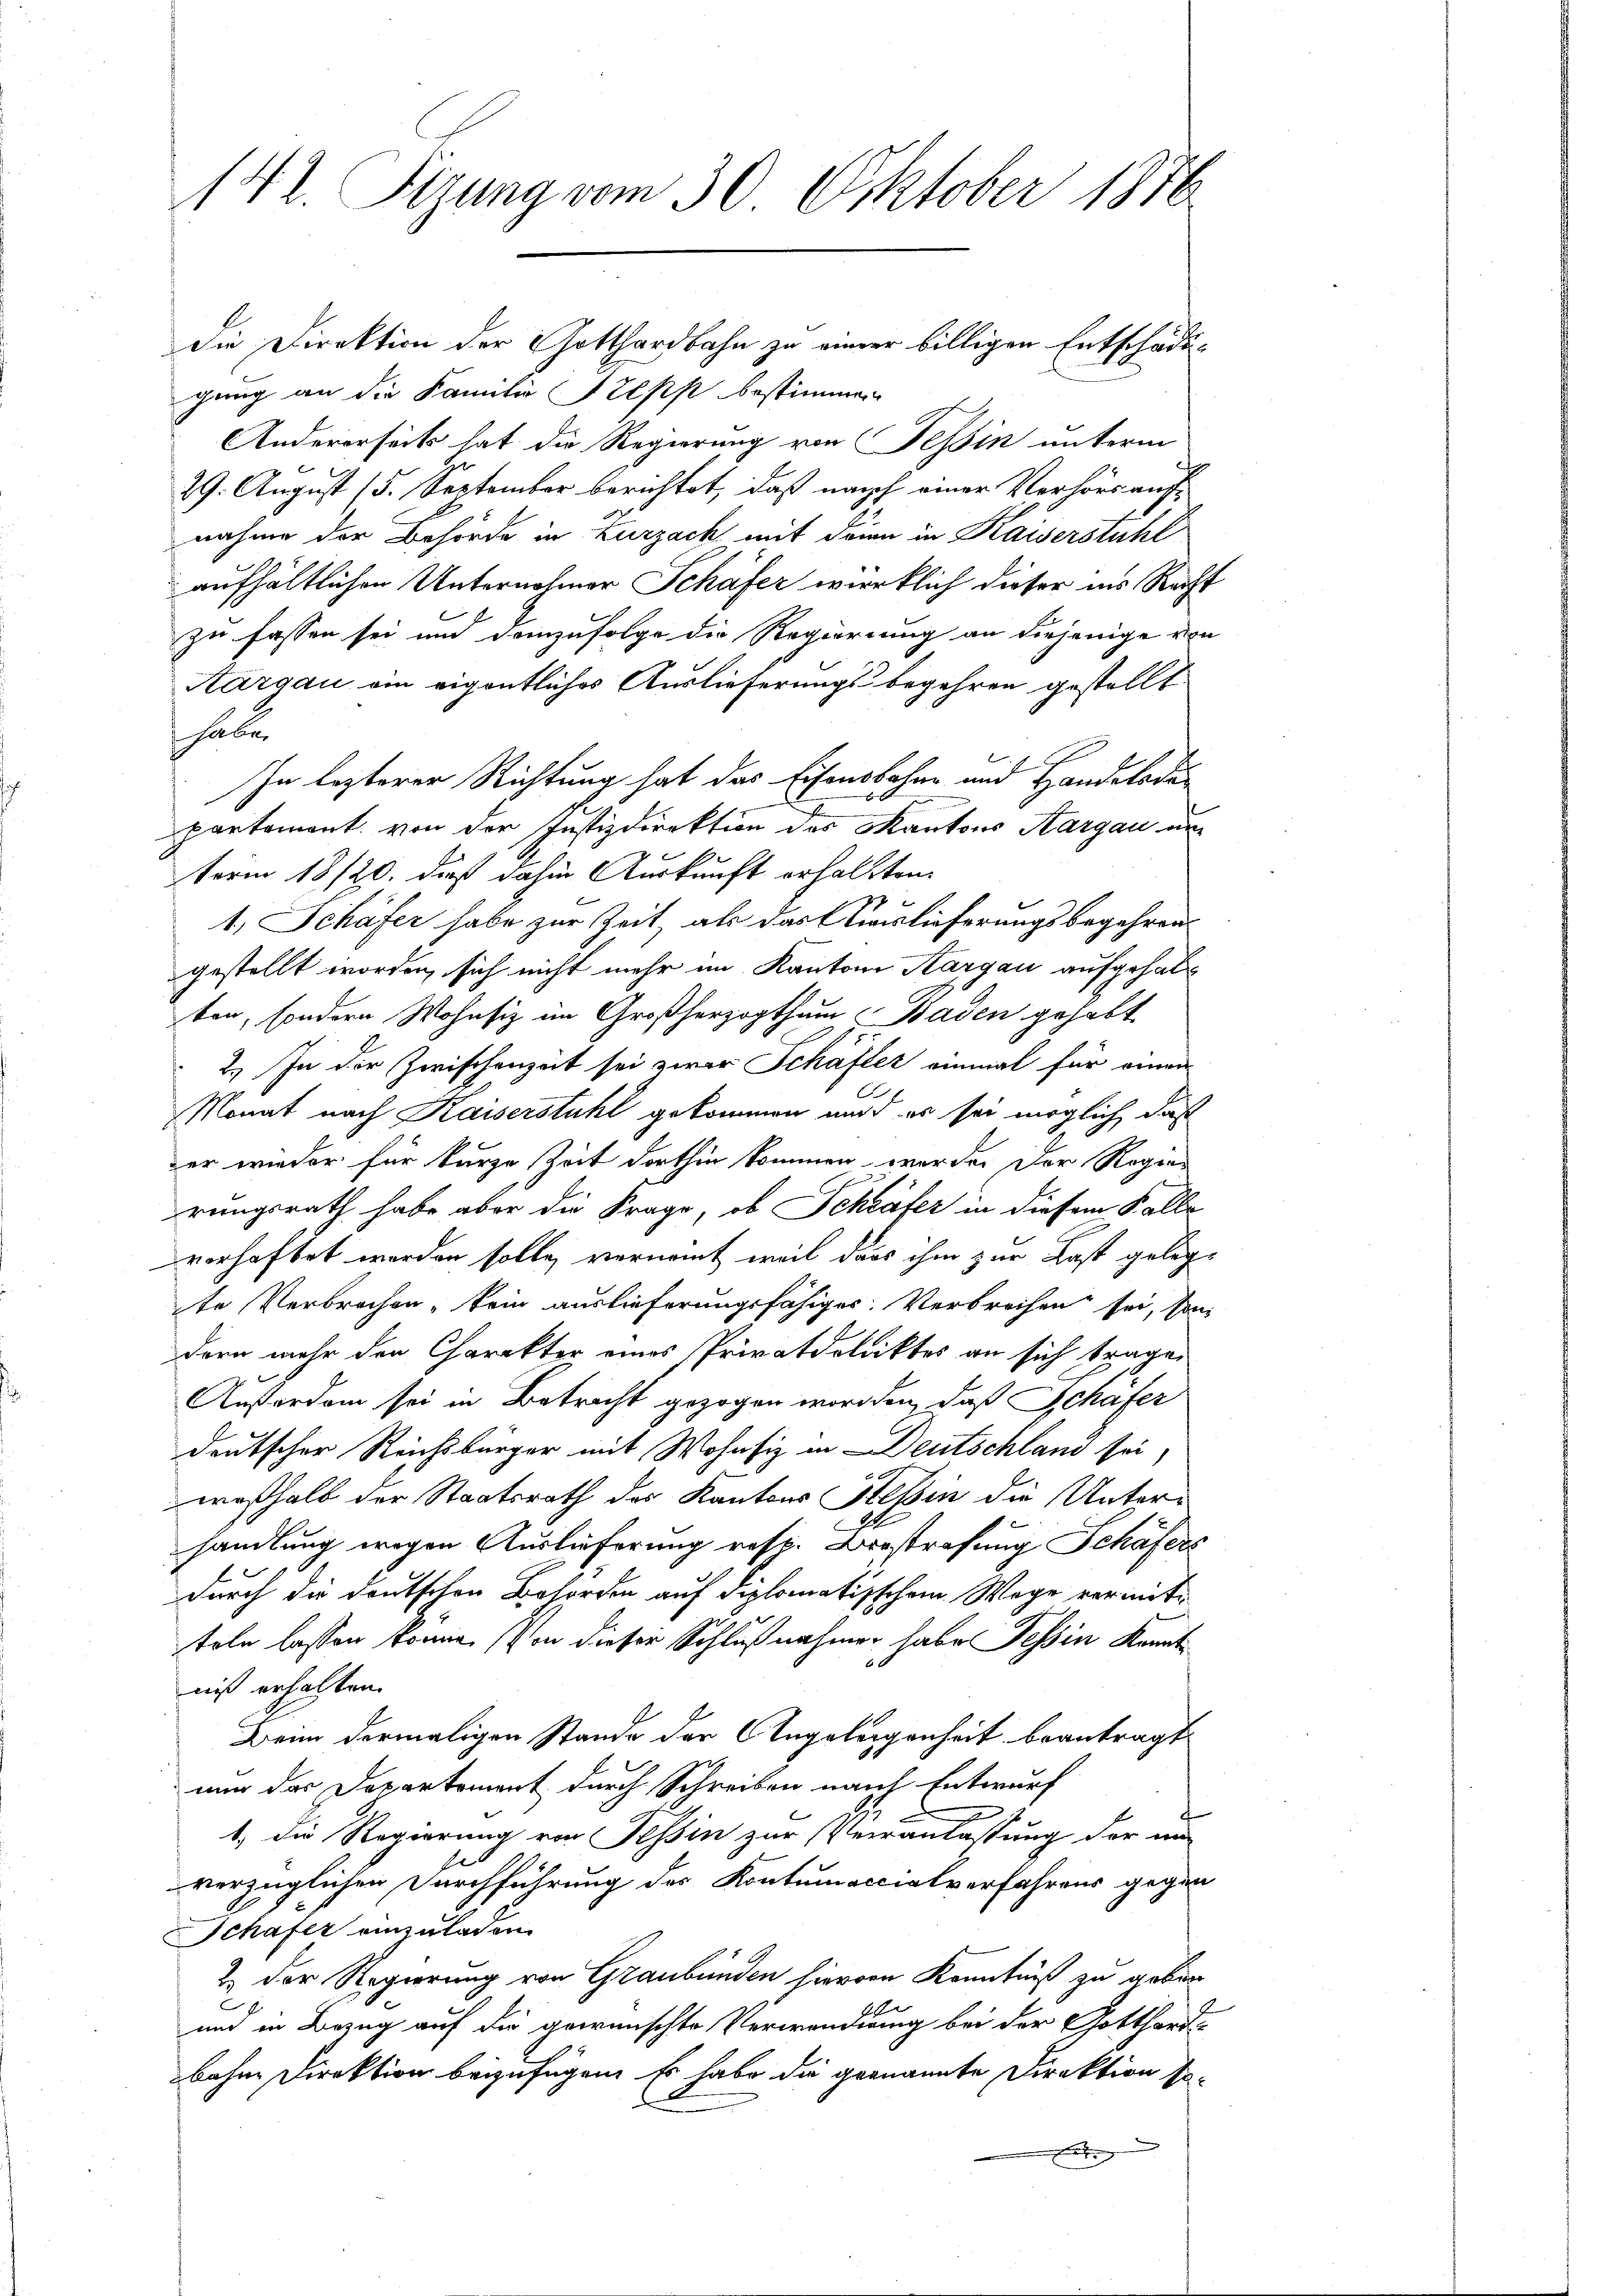
142. Fizung vom 30. Oktober 1876

die Direktion der Gotthardbahn zu einer billigen Entschädigung an die Familie Steps bestimmen
Andererseits hat die Regierung von Tessin unterm
29. August (5. September berichtet, daß nach einer Verhörs aufnahme der Behörde in Zurzach mit denn in Kaiserstuhl
aufhältlichen Unternohmer Schäfer wirklich dieser ins Recht
zu fassen sei und demzufolge die Regierung an diejenige von
Aargau ein eigentliches Auslieferungs begehren gestellt.
habe
In lezterer Richtung hat das Eisensbahne und Handelode
partement von der Justizdirektion des Kantons Aargau un
term 18/20. dieß dahin Auskunft erhalten
r
1, Schäfer habe zur Zeit, als das Auslieferungsbegehren
gestellt worden, sich nicht mehr im Kantons Aargau aufgehalten, sondern Wohnsiz im Großherzogthum Baden gehabt
2.) In der Zwischenzeit sei zwar Schäfter einmal für einen
Monat nach Kaiserstuhl gekommen und es sei möglich, daß
er wieder für kurze Zeit dorthin kommen werden der Regenrungsrath habe aber die Frage, ob Schläfer in diesem Falle
vorhaftet worden solle, vernommt, weil dass ihm zur Last gelegte Verbrechen, kein auslieferungsfähiger Verbrechen sei, son
dern mehr den Charakter eines Privatdolicktes an sich tragen
Anforden sei in Betracht gezogen worden, daß Schafer
deutscher Reichsbürger mit Wohnsiz in Deutschland sei,
weßhalb der Staatsrath des Kantons Tessin die Unterhandlung wegen Auslieferung resp. Beestrafung Schäfers
durch die deutschen Behörden auf diplomatisschem Wege vermitteln lassen könne. (von dieser Schlußnahmen habe Tessin kannt
niß erhalten.
Beim dermaligen Stande der Angelegenheit beantragt
nur das Departement durch Schreiben nach Entwurf
1. Die Regierung von Tessin zur Veranlassung der an
verzüglichen Durchführung des Kontumoccialverfahrens gegen
Schafer einzuladen
2.) Der Regierung von Graubünden hiervon Kenntniß zu geben
9
und in Bezug auf die gewünschte Verwendung bei der Gotthard-
bahne Direktion beizufügen. Es habe die genannte Direktion so-
e